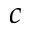
c